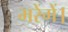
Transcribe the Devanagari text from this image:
भरेंगें।